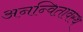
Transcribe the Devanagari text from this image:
अनन्वितावस्थ